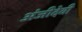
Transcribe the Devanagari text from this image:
अंजीदेवी